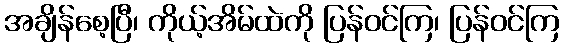
အချိန်စေ့ပြီ၊ ကိုယ့်အိမ်ထဲကို ပြန်ဝင်ကြ၊ ပြန်ဝင်ကြ